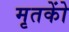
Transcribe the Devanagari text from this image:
मृतकोें